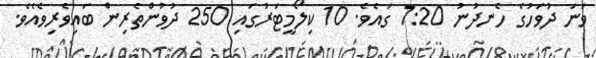
ވަނަ ދުވަހުގެ ހެނދުނު 7:20 ގައެވެ. 10 ކިލޯމީޓަރުގައި 250 ދުވުންތެރިން ބައިވެރިވެއެވެ.